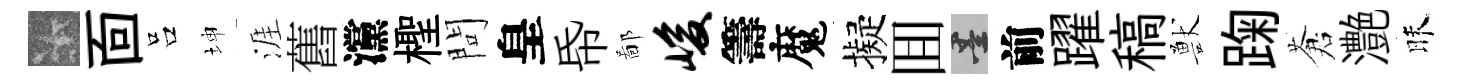
卡靣吕坤涯舊灙檉問皇帋鄙峻籌魔擬囬墨前躍稿獸踘蒼灔昧